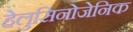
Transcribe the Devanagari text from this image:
हेलुसिनोजेनिक